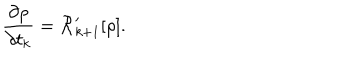
{ \frac { \partial \rho } { \partial t _ { k } } } = { \cal R } _ { k + 1 } ^ { \prime } [ \rho ] .